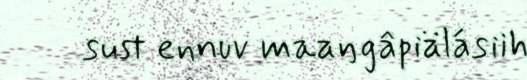
sust ennuv maaŋgâpiälásiih